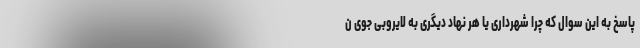
پاسخ به این سوال که چرا شهرداری یا هر نهاد دیگری به لایروبی جوی ن